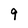
Character: 9